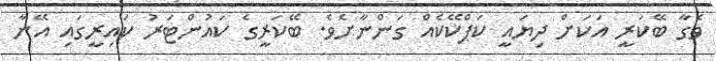
ވެގާ ބޭކަރީ އަކަށް ދިޔައީ ކަޕްކޭކެއް ގަންނާށެވެ. ބޭކަރީގެ ކައުންޓަރު ކައިރީގައި އޭނާ